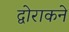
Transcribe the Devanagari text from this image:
द्वोराकने